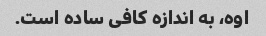
اوه، به اندازه کافی ساده است.